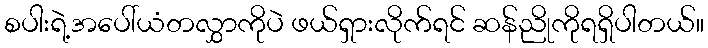
စပါးရဲ့အပေါ်ယံတလွှာကိုပဲ ဖယ်ရှားလိုက်ရင် ဆန်ညိုကိုရရှိပါတယ်။